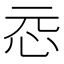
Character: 𫹵